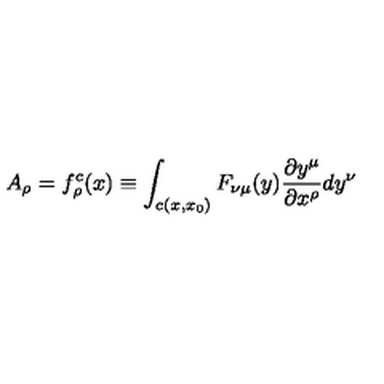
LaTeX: A _ { \rho } = f _ { \rho } ^ { c } ( x ) \equiv \int _ { c ( x , x _ { 0 } ) } F _ { \nu \mu } ( y ) \frac { \partial y ^ { \mu } } { \partial x ^ { \rho } } d y ^ { \nu }